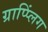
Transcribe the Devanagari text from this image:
ग्राप्प्लिंग